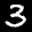
Label: 3